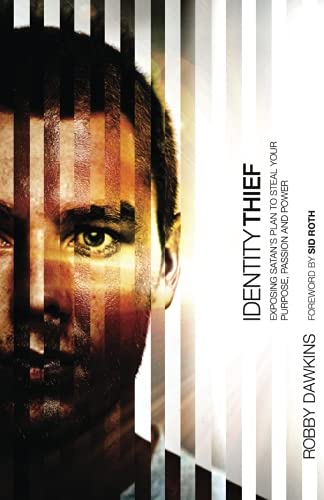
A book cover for Identity Thief: Exposing Satan's Plan to Steal Your Purpose, Passion and Power; Robby Dawkins; Christian Books & Bibles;